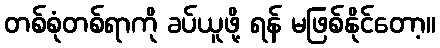
တစ်စုံတစ်ရာကို ခပ်ယူဖို့ ရန် မဖြစ်နိုင်တော့။